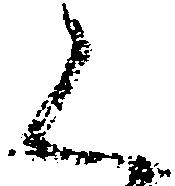
く